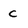
Character: C